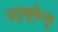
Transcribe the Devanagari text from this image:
उदुथूकेत्तु